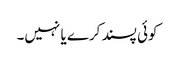
کوئی پسند کرے یا نہیں۔